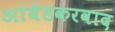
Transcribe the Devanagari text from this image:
अांबेडकरवाद